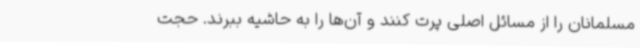
مسلمانان را از مسائل اصلی پرت کنند و آن‌ها را به حاشیه ببرند. حجت